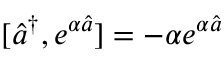
[ \hat { a } ^ { \dagger } , e ^ { \alpha \hat { a } } ] = - \alpha e ^ { \alpha \hat { a } }